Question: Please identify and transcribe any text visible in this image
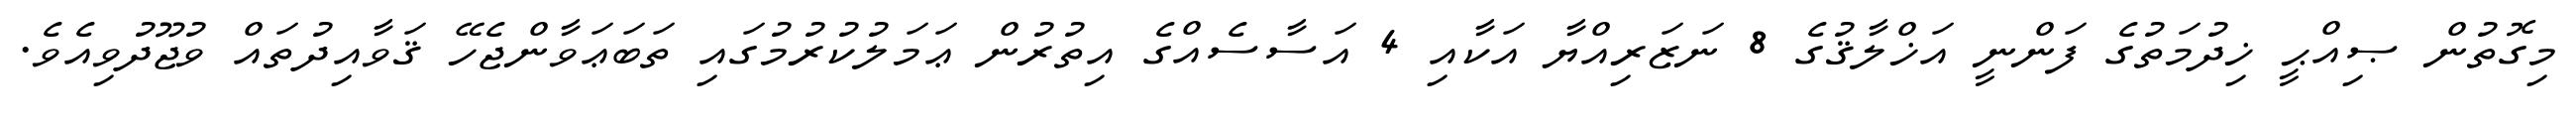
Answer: މިގޮތުން ޞިއްޙީ ޚިދުމަތުގެ ފަންނީ އަޚްލާޤުގެ 8 ނަޒަރިއްޔާ އަކާއި 4 އަސާސެއްގެ އިތުރުން ޢަމަލުކުރުމުގައި ތަބަޢަވާންޖެހޭ ޤަވާއިދުތައް ވުޖޫދުވިއެވެ.